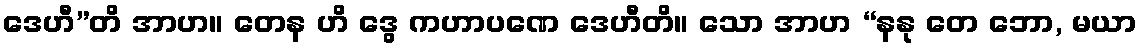
ဒေဟီ”တိ အာဟ။ တေန ဟိ ဒွေ ကဟာပဏေ ဒေဟီတိ။ သော အာဟ “နနု တေ ဘော, မယာ